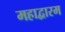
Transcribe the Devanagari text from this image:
महाद्वारम